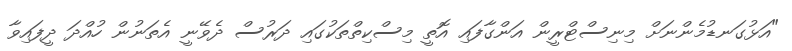
"އަޅުގަނޑުމެންނަށް މިނިސްޓްރީން އަންގާފައި އޮތީ މިސްކިތްތަކުގައި ދަރުސް ދެވޭނީ އެތަނުން ހުއްދަ ދީފައިވާ